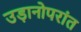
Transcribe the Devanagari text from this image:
उड़ानोपरांत